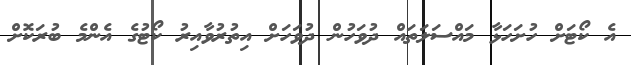
އެ ކޯޓަށް ހުށަހަޅާ މައްސަލަތައް ދުވަހުން ދުވަހަށް އިތުރުވާއިރު ކޯޓުގެ އެންމެ ބުރަކޮށް